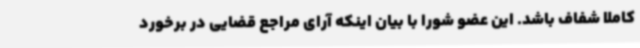
کاملا شفاف باشد. این عضو شورا با بیان اینکه آرای مراجع قضایی در برخورد